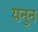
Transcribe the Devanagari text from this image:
यनुन